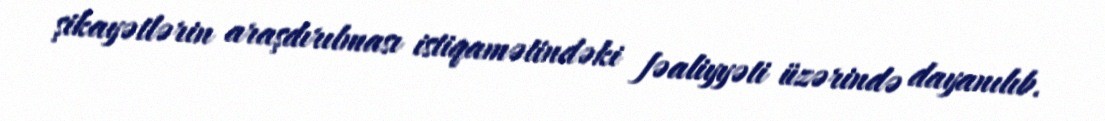
şikayətlərin araşdırılması istiqamətindəki fəaliyyəti üzərində dayanılıb.